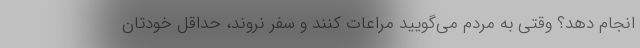
انجام دهد؟ وقتی به مردم می‌گویید مراعات کنند و سفر نروند، حداقل خودتان